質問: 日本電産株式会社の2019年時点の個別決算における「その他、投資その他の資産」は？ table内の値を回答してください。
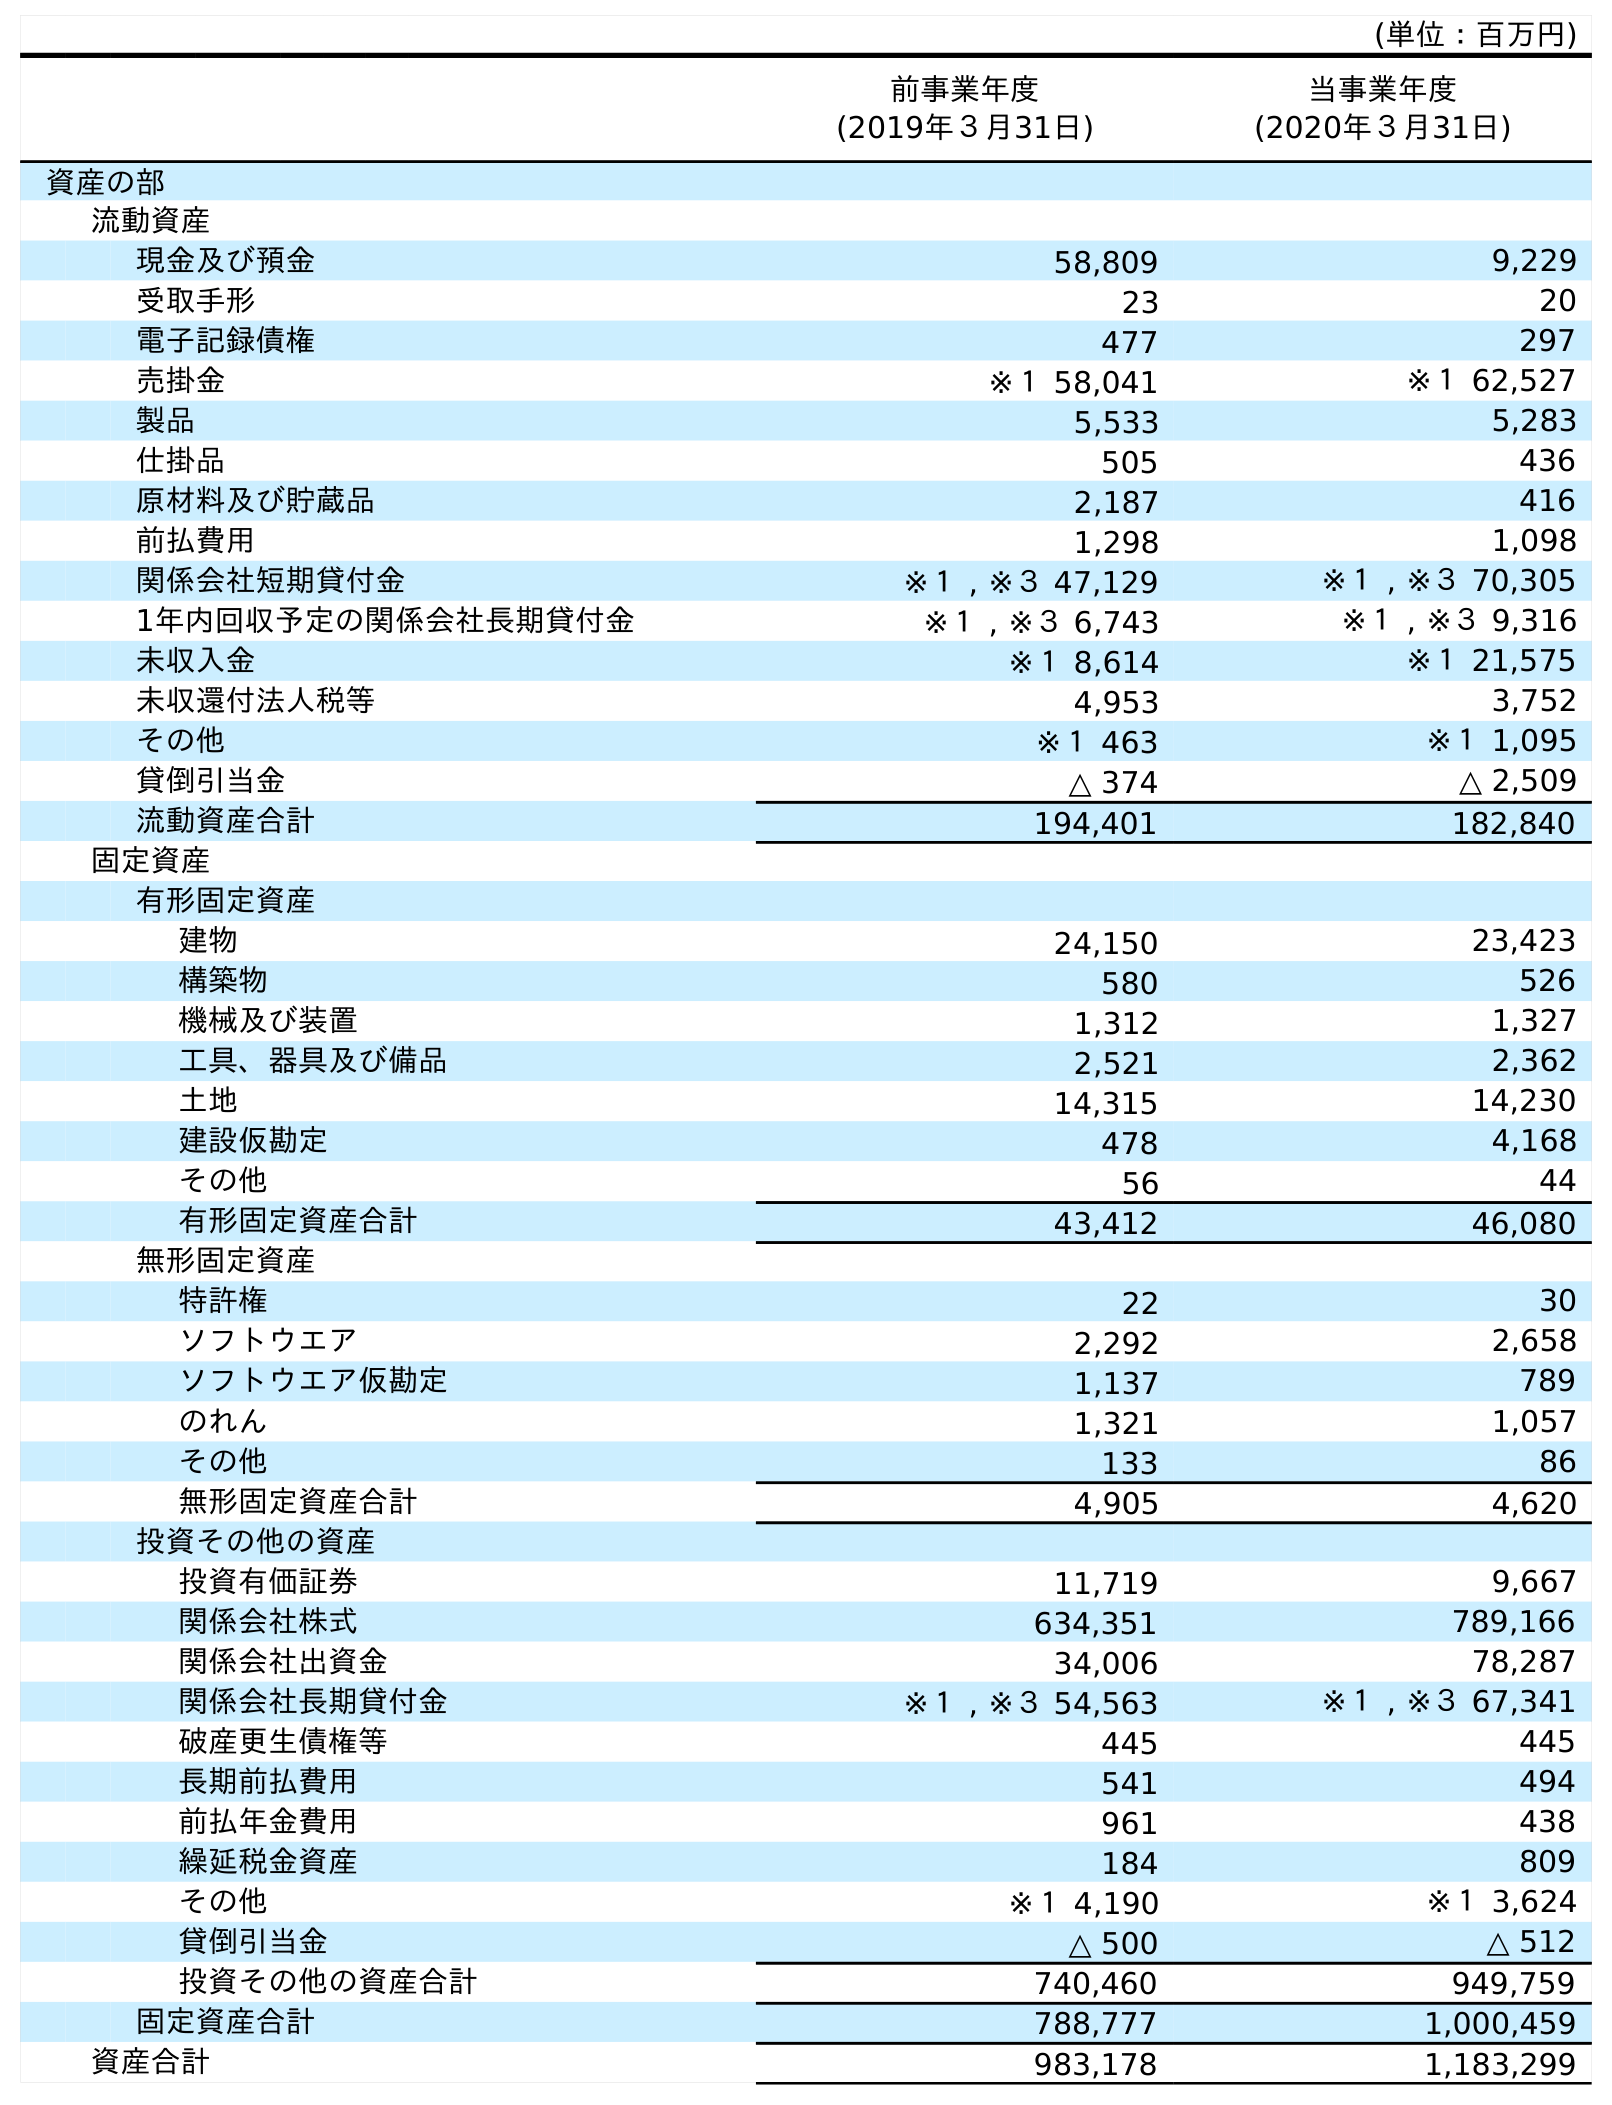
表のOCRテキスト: (単位：百万円) 前事業年度 (2019年３月31日) 当事業年度 (2020年３月31日) 資産の部 流動資産 現金及び預金 58,809 9,229 受取手形 23 20 電子記録債権 477 297 売掛金 ※１ 58,041 ※１ 62,527 製品 5,533 5,283 仕掛品 505 436 原材料及び貯蔵品 2,187 416 前払費用 1,298 1,098 関係会社短期貸付金 ※１ , ※３ 47,129 ※１ , ※３ 70,305 1年内回収予定の関係会社長期貸付金 ※１ , ※３ 6,743 ※１ , ※３ 9,316 未収入金 ※１ 8,614 ※１ 21,575 未収還付法人税等 4,953 3,752 その他 ※１ 463 ※１ 1,095 貸倒引当金 △ 374 △ 2,509 流動資産合計 194,401 182,840 固定資産 有形固定資産 建物 24,150 23,423 構築物 580 526 機械及び装置 1,312 1,327 工具、器具及び備品 2,521 2,362 土地 14,315 14,230 建設仮勘定 478 4,168 その他 56 44 有形固定資産合計 43,412 46,080 無形固定資産 特許権 22 30 ソフトウエア 2,292 2,658 ソフトウエア仮勘定 1,137 789 のれん 1,321 1,057 その他 133 86 無形固定資産合計 4,905 4,620 投資その他の資産 投資有価証券 11,719 9,667 関係会社株式 634,351 789,166 関係会社出資金 34,006 78,287 関係会社長期貸付金 ※１ , ※３ 54,563 ※１ , ※３ 67,341 破産更生債権等 445 445 長期前払費用 541 494 前払年金費用 961 438 繰延税金資産 184 809 その他 ※１ 4,190 ※１ 3,624 貸倒引当金 △ 500 △ 512 投資その他の資産合計 740,460 949,759 固定資産合計 788,777 1,000,459 資産合計 983,178 1,183,299
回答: ※１4,190